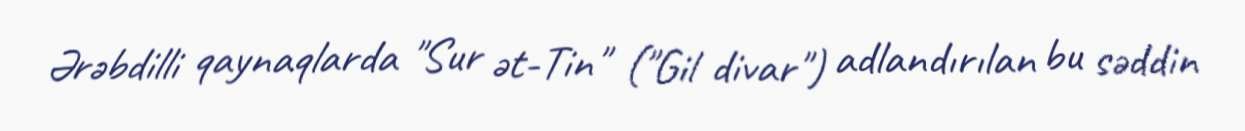
Ərəbdilli qaynaqlarda "Sur ət-Tin" ("Gil divar") adlandırılan bu səddin